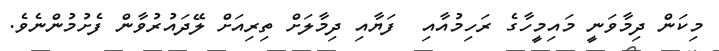
މިކަން ދިމާވަނީ މައިމީހާގެ ރަހިމުއާއި  ފަޔާއި ދިމާލަށް ތިރިއަށް ލޭދައުރުވާން ފެށުމުންނެވެ.